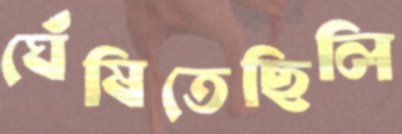
ঘেঁষিতেছিলি